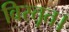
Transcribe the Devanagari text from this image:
विस्तृत।